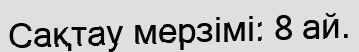
Сақтау мерзімі: 8 ай.